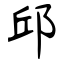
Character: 邱